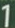
1